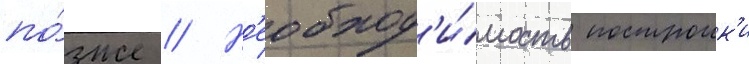
по́зже // Н'еобход'и́мость построик'и